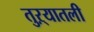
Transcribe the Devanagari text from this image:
तुऱ्यातली